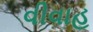
વીવાહ